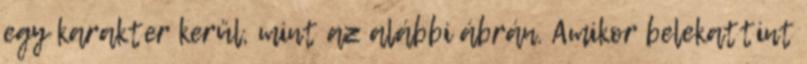
egy karakter kerül, mint az alábbi ábrán. Amikor belekattint